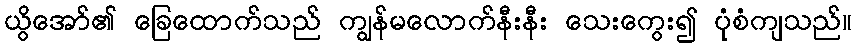
ယွိအော်၏ ခြေထောက်သည် ကျွန်မလောက်နီးနီး သေးကွေး၍ ပုံစံကျသည်။